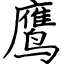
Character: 鹰